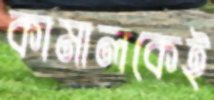
কামালকেই